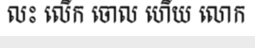
លះ លើក ចោល ហើយ លោក